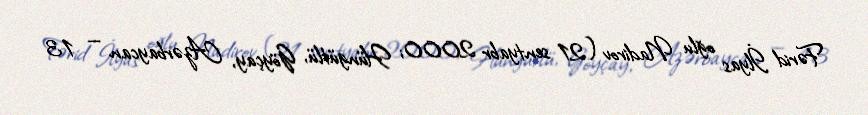
Fərid İlyas oğlu Nadirov (21 sentyabr 2000; Hüngütlü, Göyçay, Azərbaycan — 13